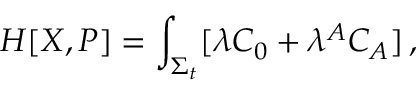
H [ X , P ] = \int _ { \Sigma _ { t } } [ \lambda { \cal C } _ { 0 } + \lambda ^ { A } { \cal C } _ { A } ] \, ,